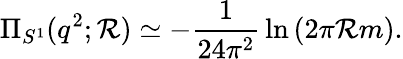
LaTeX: \Pi_{S^{1}}(q^{2};\mathcal{R})\simeq-{\frac{{1}}{{24\pi^{2}}}}\ln\left(2\pi\mathcal{R}m\right).